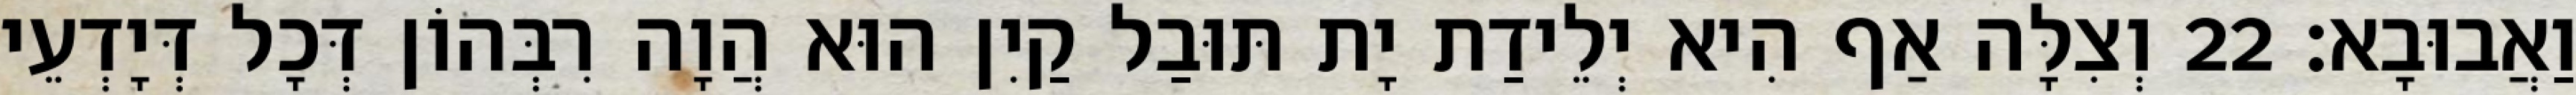
וַאֲבוּבָא׃ 22 וְצִלָּה אַף הִיא יְלֵידַת יָת תּוּבַל קַיִן הוּא הֲוָה רִבְּהוֹן דְּכָל דְּיָדְעֵי